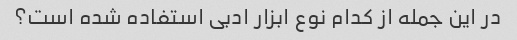
در این جمله از کدام نوع ابزار ادبی استفاده شده است؟